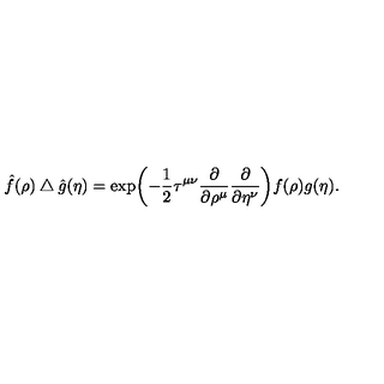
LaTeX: { \hat { f } } ( \rho ) \bigtriangleup { \hat { g } } ( \eta ) = \exp \biggl ( - \frac { 1 } { 2 } \tau ^ { \mu \nu } \frac { \partial } { \partial \rho ^ { \mu } } \frac { \partial } { \partial \eta ^ { \nu } } \biggl ) f ( \rho ) g ( \eta ) .